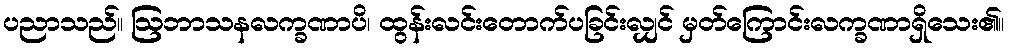
ပညာသည်။ ဩဘာသနလက္ခဏာပိ၊ ထွန်းလင်းတောက်ပခြင်းလျှင် မှတ်ကြောင်းလက္ခဏာရှိသေး၏။